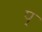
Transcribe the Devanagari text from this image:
प्‌